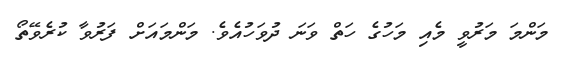
މަންމަ މަރުވީ މެއި މަހުގެ ހަތް ވަނަ ދުވަހުއެވެ. މަންމައަށް ފަރުވާ ކުރެވޭތޯ